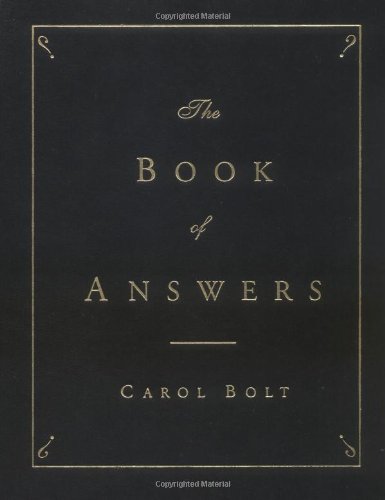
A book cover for The Book of Answers; Carol Bolt; Humor & Entertainment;